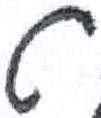
אות: ט